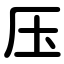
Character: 压